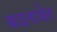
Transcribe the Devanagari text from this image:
बदलावेत